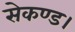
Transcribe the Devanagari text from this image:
सेकण्ड।